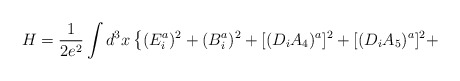
\begin{align*}H = \frac{1}{2 e^2} \int d^3 x \left\{ (E^{a}_{i})^2 + (B_{i}^{a})^2 +[(D_{i} A_{4})^a ]^2 + [(D_{i} A_{5})^a ]^2 + \right.\end{align*}